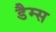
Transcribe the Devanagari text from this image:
डैम्स